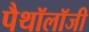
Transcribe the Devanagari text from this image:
पैथॉलॉजी